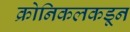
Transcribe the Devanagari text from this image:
क्रोनिकलकडून